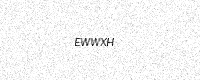
Text: EWWXH